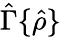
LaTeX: \hat{\Gamma}\{ \hat{\rho}\}